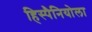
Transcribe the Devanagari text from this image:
हिस्पैनियोला